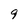
Character: 9